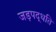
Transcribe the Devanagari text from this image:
जड़पद्धति